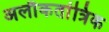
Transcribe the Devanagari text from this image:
अलौकतांत्रिक